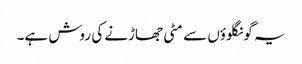
یہ گونگلوؤں سے مٹی جھاڑنے کی روش ہے۔